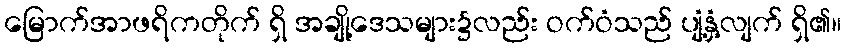
မြောက်အာဖရိကတိုက် ရှိ အချို့ဒေသများ၌လည်း ဝက်ဝံသည် ပျံ့နှံ့လျက် ရှိ၏။